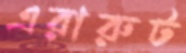
এরারুট